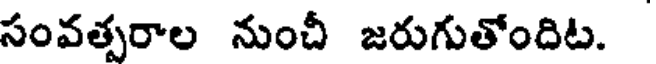
సంవత్పరాల నుంచీ జరుగుతోందిట.